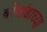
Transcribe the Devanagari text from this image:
बोगांडाच्या